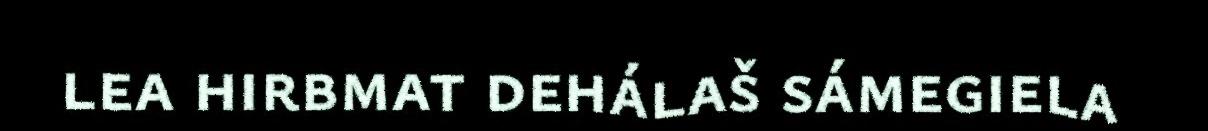
lea hirbmat dehálaš sámegiela